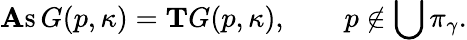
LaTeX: \mathrm{\mathbf As}\, G(p,\kappa)=\mathrm{\mathbf T}G(p,\kappa),\quad\quad p\notin\bigcup\pi_{\gamma}.